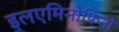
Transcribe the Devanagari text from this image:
इलएमिनोफिनो